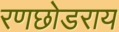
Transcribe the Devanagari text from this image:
रणछोडराय